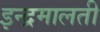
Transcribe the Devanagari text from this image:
इन्द्रमालती